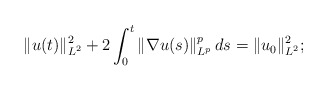
\begin{align*} \|u(t)\|_{L^2}^2 + 2 \int_0^t \|\nabla u(s)\|_{L^p}^p\,d s = \|u_0 \|_{L^2}^2;\end{align*}